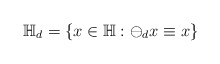
\begin{align*}\mathbb{H}_{d} = \{x\in \mathbb{H}: \ominus_{d} x \equiv x\}\end{align*}